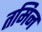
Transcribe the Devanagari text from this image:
तमिन